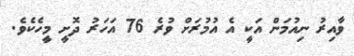
ވާއިރު ނިއުމަން އަކީ އެ އުމުރަށް ވުރެ 76 އަހަރު ދޮށީ މީހެކެވެ.